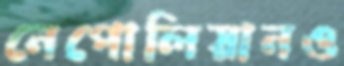
নেপোলিয়ানও